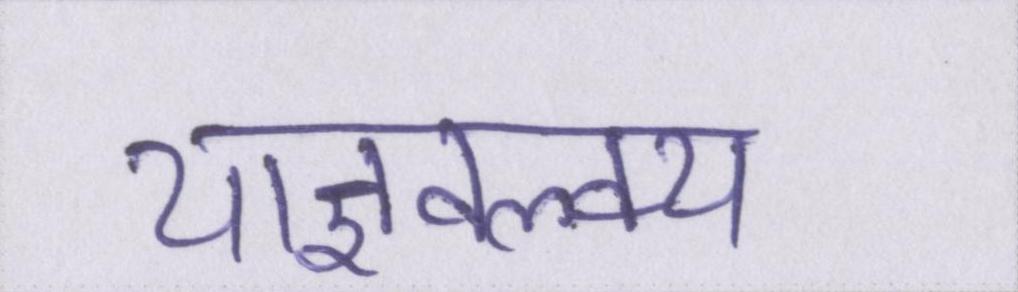
याज्ञवल्क्य